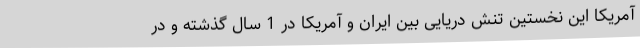
آمریکا این نخستین تنش دریایی بین ایران و آمریکا در 1 سال گذشته و در